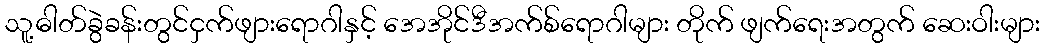
သူ့ဓါတ်ခွဲခန်းတွင်ငှက်ဖျားရောဂါနှင့် အေအိုင်ဒီအက်စ်ရောဂါများ တိုက် ဖျက်ရေးအတွက် ဆေးဝါးများ